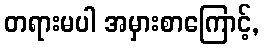
တရားမပါ အမှားစာကြောင့်,